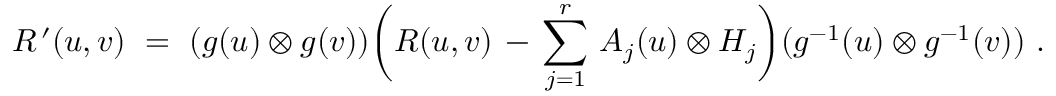
R ^ { \, \prime } ( u , v ) ~ = ~ ( g ( u ) \otimes g ( v ) ) \biggl ( R ( u , v ) \, - \, \sum _ { j = 1 } ^ { r } \, A _ { j } ( u ) \otimes H _ { j } \biggr ) ( g ^ { - 1 } ( u ) \otimes g ^ { - 1 } ( v ) ) ~ .